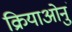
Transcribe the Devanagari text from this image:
क्रियाओनुं